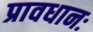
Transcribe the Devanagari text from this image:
प्रावधानः